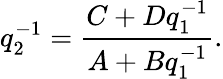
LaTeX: q_{2}^{-1}=\frac{C+Dq_{1}^{-1}}{A+Bq_{1}^{-1}}.